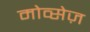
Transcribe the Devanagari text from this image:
मोव्सेज़